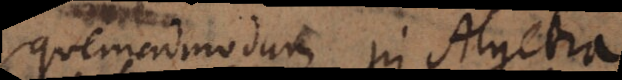
Quemadmodum in Algebra